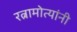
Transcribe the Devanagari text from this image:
रत्नामोत्यांनी